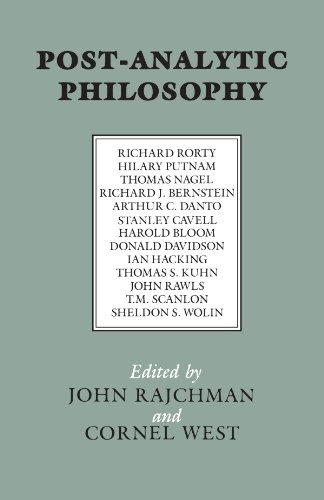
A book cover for Post-Analytic Philosophy; John Rajchman; Politics & Social Sciences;